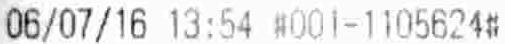
06/07/16 13:54 #001-1105624#